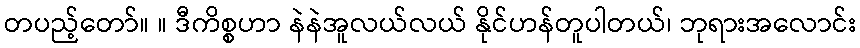
တပည့်တော်။ ။ ဒီကိစ္စဟာ နဲနဲအူလယ်လယ် နိုင်ဟန်တူပါတယ်၊ ဘုရားအလောင်း